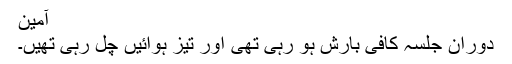
آمین
دوران جلسہ کافی بارش ہو رہی تھی اور تیز ہوائیں چل رہی تھیں۔